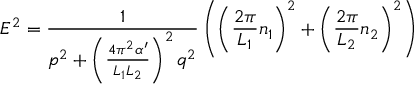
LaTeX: E ^ { 2 } = \frac { 1 } { p ^ { 2 } + \left( \frac { 4 \pi ^ { 2 } \alpha ^ { \prime } } { L _ { 1 } L _ { 2 } } \right) ^ { 2 } q ^ { 2 } } \left( \left( \frac { 2 \pi } { L _ { 1 } } n _ { 1 } \right) ^ { 2 } + \left( \frac { 2 \pi } { L _ { 2 } } n _ { 2 } \right) ^ { 2 } \right)